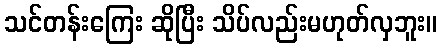
သင်တန်းကြေး ဆိုပြီး သိပ်လည်းမဟုတ်လှဘူး။